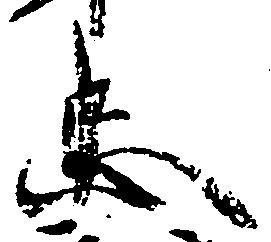
忠